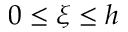
0 \le \xi \le h